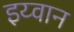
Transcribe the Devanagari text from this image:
इय्वान